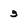
Character: 3